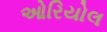
ઓરિયોલ